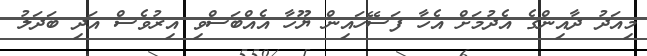
މިއަދު ދާއިންގެ އެދުމަށް އެހާ ފަސޭހައިން ޔޫހާ އެއްބަސްވި އިރުވެސް އަދި ބަދަލު